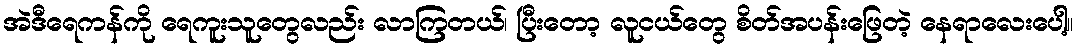
အဲဒီရေကန်ကို ရေကူးသူတွေလည်း လာကြတယ်၊ ပြီးတော့ လူငယ်တွေ စိတ်အပန်းဖြေတဲ့ နေရာလေးပေါ့။